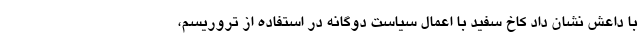
با داعش نشان داد کاخ سفید با اعمال سیاست دوگانه در استفاده از تروریسم،